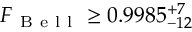
F _ { \mathrm { ~ B ~ e ~ l ~ l ~ } } \geq 0 . 9 9 8 5 _ { - 1 2 } ^ { + 7 }